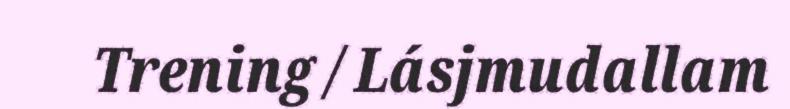
Trening / Lásjmudallam